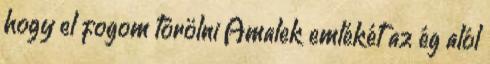
hogy el fogom törölni Amalek emlékét az ég alól